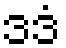
ဒဒံ